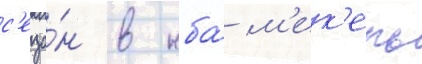
с'езо́н в нба́ м'ек'ель